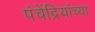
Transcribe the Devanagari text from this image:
पंचेंद्रियांच्या